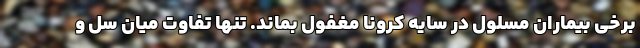
برخی بیماران مسلول در سایه کرونا مغفول بماند. تنها تفاوت میان سل و